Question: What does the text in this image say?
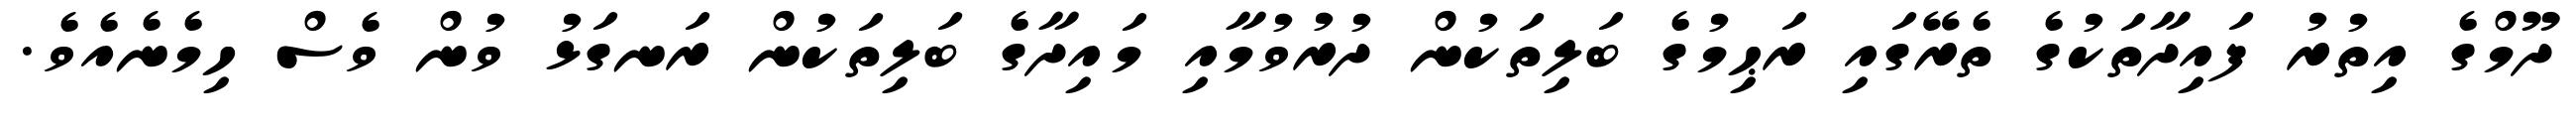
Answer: ދޫމްގެ އިތުރު ފައިދާތަކުގެ ތެރޭގައި ރަޙިމުގެ ބަލިތަކުން ދުރުވުމާއި މައިދާގެ ބަލިތަކުން ރަނގަޅު ވުން ވެސް ހިމެނެއެވެ.